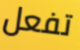
تفعل